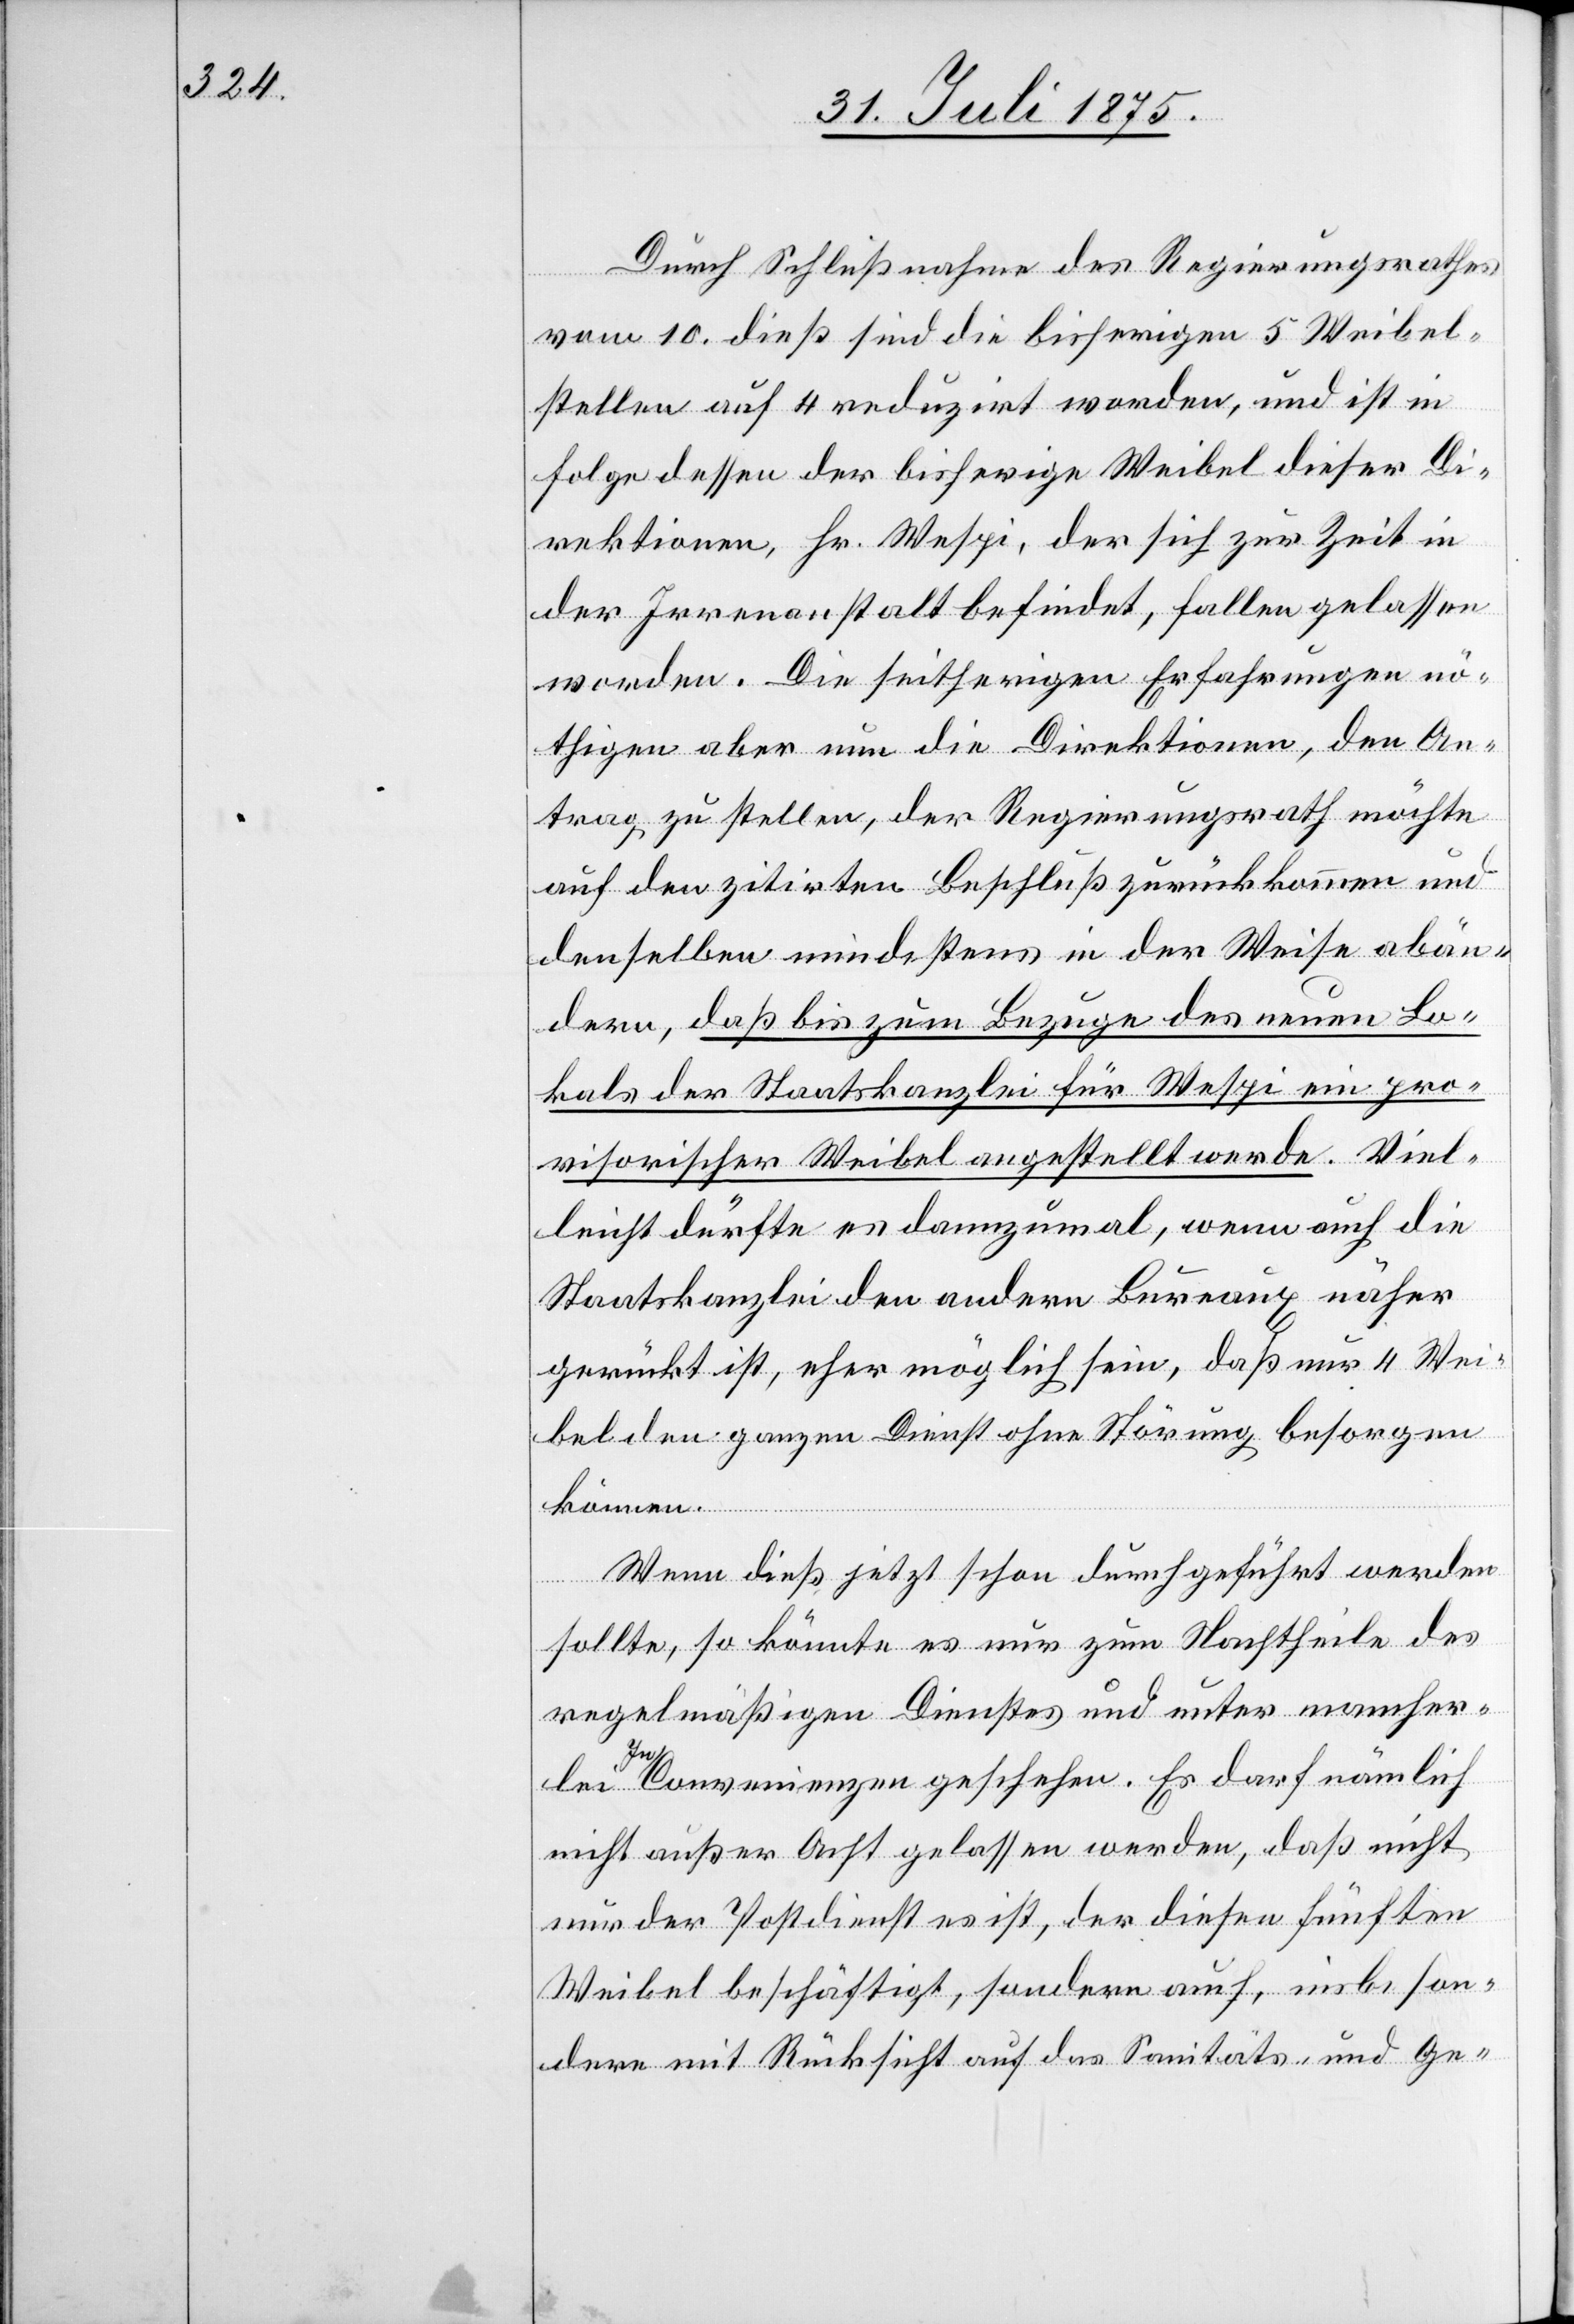
Durch Schlußnahme des Regierungsrathes
vom 10. dieß sind die bisherigen 5 Waibel¬
stellen auf 4 reduziert worden, und ist in
Folge dessen der bisherige Weibel [sic!] dieser Di¬
rektionen, Hr. Wespi, der sich zur Zeit in
der Irrenanstalt befindet, fallen gelassen
worden. Die seitherigen Erfahrungen nö¬
thigen aber nun die Direktionen, den An¬
trag zu stellen, der Regierungsrath möchte
auf den zitirten Beschluß zurückkommen und
denselben mindestens in der Weise abän¬
dern, daß bis zum Bezuge des neuen Lo¬
kals der Staatskanzlei für Wespi ein pro¬
visorischer Weibel angestellt werde. Viel¬
leicht dürfte es dannzumal, wenn auch die
Staatskanzlei den andern Bureaux näher
gerückt ist, eher möglich sein, daß nur 4 Wei¬
bel den ganzen Dienst ohne Störung besorgen
können.
Wenn dies jetzt schon durchgeführt werden
sollte, so könnte es nur zum Nachtheile des
regelmäßigen Dienstes und unter mancher¬
lei Inconvenienzen geschehen. Es darf nämlich
nicht außer Acht gelassen werden, daß nicht
nur der Postdienst es ist, der diesen fünften
Weibel beschäftigt, sondern auch, insbeson¬
dere mit Rücksicht auf das Sanitäts- und Ge-